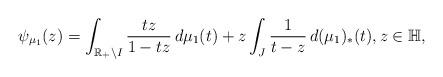
LaTeX: \begin{align*}\psi_{\mu_{1}}(z)=\int_{\mathbb{R}_{+}\setminus I}\frac{tz}{1-tz}\,d\mu_{1}(t)+z\int_{J}\frac{1}{t-z}\,d(\mu_{1})_{*}(t),z\in\mathbb{H},\end{align*}